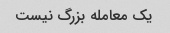
یک معامله بزرگ نیست